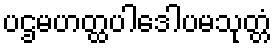
ပဌမဟတ္ထပါဒေါပမသုတ္တံ